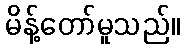
မိန့်တော်မူသည်။